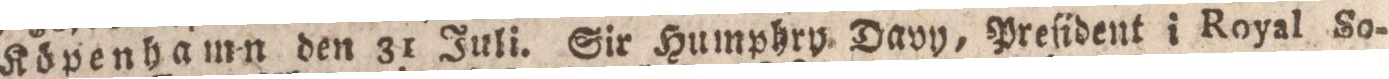
Köpenhamn den 31 Juli. Sir Humphry. Davy, Prelident i Royal So-